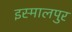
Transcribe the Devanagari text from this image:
इस्मालपुर